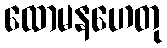
ထောမနဟေတု